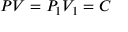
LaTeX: \quad P V = P _ { 1 } V _ { 1 } = C